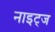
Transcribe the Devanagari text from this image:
नाइट्ज